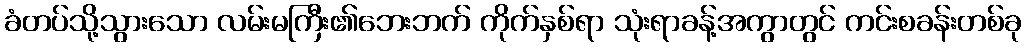
ခံတပ်သို့သွားသော လမ်းမကြီး၏ဘေးဘက် ကိုက်နှစ်ရာ သုံးရာခန့်အကွာတွင် ကင်းစခန်းတစ်ခု